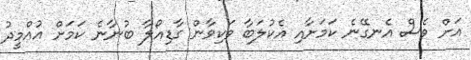
އަށް ވެސް އެނގޭނެ ކަމަށާއި އެކުލަބާ ވަކިވާން ގާޑިއޯލާ ބުނާނެ ކަމަށް އުއްމީދު